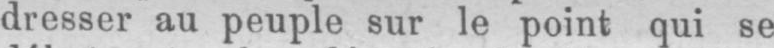
dresser au peuple sur le point qui se